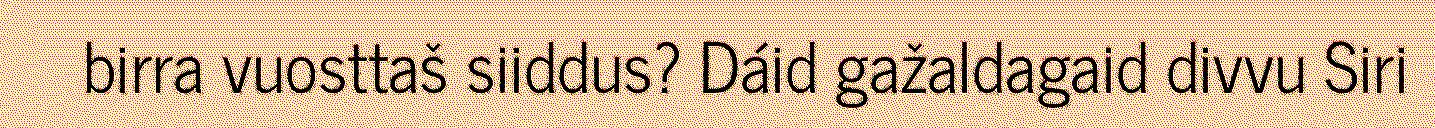
birra vuosttaš siiddus? Dáid gažaldagaid divvu Siri